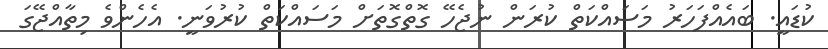
ކުޑައީ. ބައެއްފަހަރު މަސައްކަތް ކުރަން ނުޖެހޭ ގޮތްގޮތަށް މަސައްކަތް ކުރުވަނީ. އެހެންވެ މިތާއްޖޭގަ